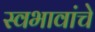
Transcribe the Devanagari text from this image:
स्वभावांचे